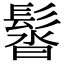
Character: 𩭣